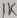
Text: 1K